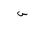
Letter: _sin